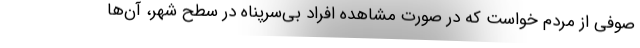
صوفی از مردم خواست که در صورت مشاهده افراد بی‌سرپناه در سطح شهر، آن‌ها